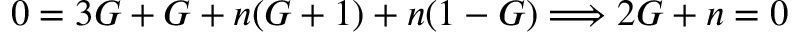
0 = 3 G + G + n ( G + 1 ) + n ( 1 - G ) \Longrightarrow 2 G + n = 0